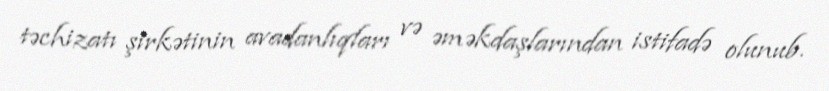
təchizatı şirkətinin avadanlıqları və əməkdaşlarından istifadə olunub.